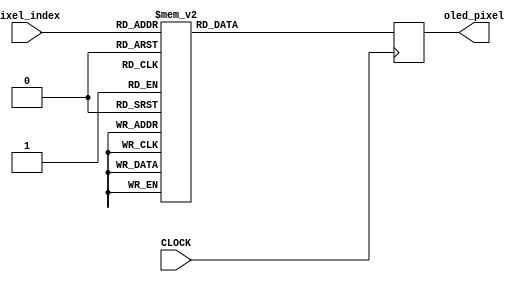
`timescale 1ns / 1ps

//////////////////////////////////////////////////////////////////////////////////
//
//  FILL IN THE FOLLOWING INFORMATION:
//  STUDENT A NAME: 
//  STUDENT B NAME:
//  STUDENT C NAME: 
//  STUDENT D NAME:  
//
//////////////////////////////////////////////////////////////////////////////////


module morsecode(input CLOCK,input [10:0] pixel_index, output reg [15:0] oled_pixel = 0);

always@(posedge CLOCK) begin
case(pixel_index)
108:oled_pixel <= 16'b1111111111111111;
115:oled_pixel <= 16'b1111111111111111;
119:oled_pixel <= 16'b1111111111111111;
120:oled_pixel <= 16'b1111111111111111;
121:oled_pixel <= 16'b1111111111111111;
122:oled_pixel <= 16'b1111111111111111;
123:oled_pixel <= 16'b1111111111111111;
124:oled_pixel <= 16'b1111111111111111;
128:oled_pixel <= 16'b1111111111111111;
129:oled_pixel <= 16'b1111111111111111;
130:oled_pixel <= 16'b1111111111111111;
131:oled_pixel <= 16'b1111111111111111;
135:oled_pixel <= 16'b1111111111111111;
136:oled_pixel <= 16'b1111111111111111;
137:oled_pixel <= 16'b1111111111111111;
138:oled_pixel <= 16'b1111111111111111;
142:oled_pixel <= 16'b1111111111111111;
143:oled_pixel <= 16'b1111111111111111;
144:oled_pixel <= 16'b1111111111111111;
145:oled_pixel <= 16'b1111111111111111;
149:oled_pixel <= 16'b1111111111111111;
150:oled_pixel <= 16'b1111111111111111;
151:oled_pixel <= 16'b1111111111111111;
152:oled_pixel <= 16'b1111111111111111;
156:oled_pixel <= 16'b1111111111111111;
157:oled_pixel <= 16'b1111111111111111;
158:oled_pixel <= 16'b1111111111111111;
159:oled_pixel <= 16'b1111111111111111;
160:oled_pixel <= 16'b1111111111111111;
161:oled_pixel <= 16'b1111111111111111;
165:oled_pixel <= 16'b1111111111111111;
166:oled_pixel <= 16'b1111111111111111;
167:oled_pixel <= 16'b1111111111111111;
168:oled_pixel <= 16'b1111111111111111;
169:oled_pixel <= 16'b1111111111111111;
174:oled_pixel <= 16'b1111111111111111;
175:oled_pixel <= 16'b1111111111111111;
176:oled_pixel <= 16'b1111111111111111;
177:oled_pixel <= 16'b1111111111111111;
203:oled_pixel <= 16'b1111111111111111;
204:oled_pixel <= 16'b1111111111111111;
205:oled_pixel <= 16'b1111111111111111;
210:oled_pixel <= 16'b1111111111111111;
211:oled_pixel <= 16'b1111111111111111;
212:oled_pixel <= 16'b1111111111111111;
214:oled_pixel <= 16'b1111111111111111;
215:oled_pixel <= 16'b1111111111111111;
216:oled_pixel <= 16'b1111111111111111;
217:oled_pixel <= 16'b1111111111111111;
218:oled_pixel <= 16'b1111111111111111;
219:oled_pixel <= 16'b1111111111111111;
220:oled_pixel <= 16'b1111111111111111;
221:oled_pixel <= 16'b1111111111111111;
223:oled_pixel <= 16'b1111111111111111;
224:oled_pixel <= 16'b1111111111111111;
225:oled_pixel <= 16'b1111111111111111;
226:oled_pixel <= 16'b1111111111111111;
227:oled_pixel <= 16'b1111111111111111;
228:oled_pixel <= 16'b1111111111111111;
230:oled_pixel <= 16'b1111111111111111;
231:oled_pixel <= 16'b1111111111111111;
232:oled_pixel <= 16'b1111111111111111;
233:oled_pixel <= 16'b1111111111111111;
234:oled_pixel <= 16'b1111111111111111;
235:oled_pixel <= 16'b1111111111111111;
237:oled_pixel <= 16'b1111111111111111;
238:oled_pixel <= 16'b1111111111111111;
239:oled_pixel <= 16'b1111111111111111;
240:oled_pixel <= 16'b1111111111111111;
241:oled_pixel <= 16'b1111111111111111;
242:oled_pixel <= 16'b1111111111111111;
244:oled_pixel <= 16'b1111111111111111;
245:oled_pixel <= 16'b1111111111111111;
246:oled_pixel <= 16'b1111111111111111;
247:oled_pixel <= 16'b1111111111111111;
248:oled_pixel <= 16'b1111111111111111;
249:oled_pixel <= 16'b1111111111111111;
251:oled_pixel <= 16'b1111111111111111;
252:oled_pixel <= 16'b1111111111111111;
253:oled_pixel <= 16'b1111111111111111;
254:oled_pixel <= 16'b1111111111111111;
255:oled_pixel <= 16'b1111111111111111;
256:oled_pixel <= 16'b1111111111111111;
257:oled_pixel <= 16'b1111111111111111;
258:oled_pixel <= 16'b1111111111111111;
260:oled_pixel <= 16'b1111111111111111;
261:oled_pixel <= 16'b1111111111111111;
262:oled_pixel <= 16'b1111111111111111;
263:oled_pixel <= 16'b1111111111111111;
264:oled_pixel <= 16'b1111111111111111;
265:oled_pixel <= 16'b1111111111111111;
266:oled_pixel <= 16'b1111111111111111;
269:oled_pixel <= 16'b1111111111111111;
270:oled_pixel <= 16'b1111111111111111;
271:oled_pixel <= 16'b1111111111111111;
272:oled_pixel <= 16'b1111111111111111;
273:oled_pixel <= 16'b1111111111111111;
274:oled_pixel <= 16'b1111111111111111;
299:oled_pixel <= 16'b1111111111111111;
300:oled_pixel <= 16'b1111111111111111;
301:oled_pixel <= 16'b1111111111111111;
302:oled_pixel <= 16'b1111111111111111;
305:oled_pixel <= 16'b1111111111111111;
306:oled_pixel <= 16'b1111111111111111;
307:oled_pixel <= 16'b1111111111111111;
308:oled_pixel <= 16'b1111111111111111;
310:oled_pixel <= 16'b1111111111111111;
311:oled_pixel <= 16'b1111111111111111;
312:oled_pixel <= 16'b1111111111111111;
315:oled_pixel <= 16'b1111111111111111;
316:oled_pixel <= 16'b1111111111111111;
317:oled_pixel <= 16'b1111111111111111;
319:oled_pixel <= 16'b1111111111111111;
320:oled_pixel <= 16'b1111111111111111;
323:oled_pixel <= 16'b1111111111111111;
324:oled_pixel <= 16'b1111111111111111;
326:oled_pixel <= 16'b1111111111111111;
327:oled_pixel <= 16'b1111111111111111;
328:oled_pixel <= 16'b1111111111111111;
333:oled_pixel <= 16'b1111111111111111;
334:oled_pixel <= 16'b1111111111111111;
335:oled_pixel <= 16'b1111111111111111;
340:oled_pixel <= 16'b1111111111111111;
341:oled_pixel <= 16'b1111111111111111;
342:oled_pixel <= 16'b1111111111111111;
347:oled_pixel <= 16'b1111111111111111;
348:oled_pixel <= 16'b1111111111111111;
349:oled_pixel <= 16'b1111111111111111;
352:oled_pixel <= 16'b1111111111111111;
353:oled_pixel <= 16'b1111111111111111;
354:oled_pixel <= 16'b1111111111111111;
356:oled_pixel <= 16'b1111111111111111;
357:oled_pixel <= 16'b1111111111111111;
361:oled_pixel <= 16'b1111111111111111;
362:oled_pixel <= 16'b1111111111111111;
363:oled_pixel <= 16'b1111111111111111;
365:oled_pixel <= 16'b1111111111111111;
366:oled_pixel <= 16'b1111111111111111;
367:oled_pixel <= 16'b1111111111111111;
395:oled_pixel <= 16'b1111111111111111;
396:oled_pixel <= 16'b1111111111111111;
397:oled_pixel <= 16'b1111111111111111;
398:oled_pixel <= 16'b1111111111111111;
399:oled_pixel <= 16'b1111111111111111;
400:oled_pixel <= 16'b1111111111111111;
401:oled_pixel <= 16'b1111111111111111;
402:oled_pixel <= 16'b1111111111111111;
403:oled_pixel <= 16'b1111111111111111;
404:oled_pixel <= 16'b1111111111111111;
406:oled_pixel <= 16'b1111111111111111;
407:oled_pixel <= 16'b1111111111111111;
412:oled_pixel <= 16'b1111111111111111;
413:oled_pixel <= 16'b1111111111111111;
415:oled_pixel <= 16'b1111111111111111;
416:oled_pixel <= 16'b1111111111111111;
419:oled_pixel <= 16'b1111111111111111;
420:oled_pixel <= 16'b1111111111111111;
422:oled_pixel <= 16'b1111111111111111;
423:oled_pixel <= 16'b1111111111111111;
429:oled_pixel <= 16'b1111111111111111;
430:oled_pixel <= 16'b1111111111111111;
436:oled_pixel <= 16'b1111111111111111;
437:oled_pixel <= 16'b1111111111111111;
443:oled_pixel <= 16'b1111111111111111;
444:oled_pixel <= 16'b1111111111111111;
449:oled_pixel <= 16'b1111111111111111;
450:oled_pixel <= 16'b1111111111111111;
452:oled_pixel <= 16'b1111111111111111;
453:oled_pixel <= 16'b1111111111111111;
458:oled_pixel <= 16'b1111111111111111;
459:oled_pixel <= 16'b1111111111111111;
461:oled_pixel <= 16'b1111111111111111;
462:oled_pixel <= 16'b1111111111111111;
491:oled_pixel <= 16'b1111111111111111;
492:oled_pixel <= 16'b1111111111111111;
494:oled_pixel <= 16'b1111111111111111;
495:oled_pixel <= 16'b1111111111111111;
496:oled_pixel <= 16'b1111111111111111;
497:oled_pixel <= 16'b1111111111111111;
499:oled_pixel <= 16'b1111111111111111;
500:oled_pixel <= 16'b1111111111111111;
502:oled_pixel <= 16'b1111111111111111;
503:oled_pixel <= 16'b1111111111111111;
508:oled_pixel <= 16'b1111111111111111;
509:oled_pixel <= 16'b1111111111111111;
511:oled_pixel <= 16'b1111111111111111;
512:oled_pixel <= 16'b1111111111111111;
514:oled_pixel <= 16'b1111111111111111;
515:oled_pixel <= 16'b1111111111111111;
516:oled_pixel <= 16'b1111111111111111;
518:oled_pixel <= 16'b1111111111111111;
519:oled_pixel <= 16'b1111111111111111;
520:oled_pixel <= 16'b1111111111111111;
521:oled_pixel <= 16'b1111111111111111;
522:oled_pixel <= 16'b1111111111111111;
525:oled_pixel <= 16'b1111111111111111;
526:oled_pixel <= 16'b1111111111111111;
527:oled_pixel <= 16'b1111111111111111;
528:oled_pixel <= 16'b1111111111111111;
532:oled_pixel <= 16'b1111111111111111;
533:oled_pixel <= 16'b1111111111111111;
539:oled_pixel <= 16'b1111111111111111;
540:oled_pixel <= 16'b1111111111111111;
545:oled_pixel <= 16'b1111111111111111;
546:oled_pixel <= 16'b1111111111111111;
548:oled_pixel <= 16'b1111111111111111;
549:oled_pixel <= 16'b1111111111111111;
554:oled_pixel <= 16'b1111111111111111;
555:oled_pixel <= 16'b1111111111111111;
557:oled_pixel <= 16'b1111111111111111;
558:oled_pixel <= 16'b1111111111111111;
559:oled_pixel <= 16'b1111111111111111;
560:oled_pixel <= 16'b1111111111111111;
587:oled_pixel <= 16'b1111111111111111;
588:oled_pixel <= 16'b1111111111111111;
591:oled_pixel <= 16'b1111111111111111;
592:oled_pixel <= 16'b1111111111111111;
595:oled_pixel <= 16'b1111111111111111;
596:oled_pixel <= 16'b1111111111111111;
598:oled_pixel <= 16'b1111111111111111;
599:oled_pixel <= 16'b1111111111111111;
604:oled_pixel <= 16'b1111111111111111;
605:oled_pixel <= 16'b1111111111111111;
607:oled_pixel <= 16'b1111111111111111;
608:oled_pixel <= 16'b1111111111111111;
609:oled_pixel <= 16'b1111111111111111;
610:oled_pixel <= 16'b1111111111111111;
611:oled_pixel <= 16'b1111111111111111;
615:oled_pixel <= 16'b1111111111111111;
616:oled_pixel <= 16'b1111111111111111;
617:oled_pixel <= 16'b1111111111111111;
618:oled_pixel <= 16'b1111111111111111;
619:oled_pixel <= 16'b1111111111111111;
621:oled_pixel <= 16'b1111111111111111;
622:oled_pixel <= 16'b1111111111111111;
623:oled_pixel <= 16'b1111111111111111;
624:oled_pixel <= 16'b1111111111111111;
628:oled_pixel <= 16'b1111111111111111;
629:oled_pixel <= 16'b1111111111111111;
635:oled_pixel <= 16'b1111111111111111;
636:oled_pixel <= 16'b1111111111111111;
641:oled_pixel <= 16'b1111111111111111;
642:oled_pixel <= 16'b1111111111111111;
644:oled_pixel <= 16'b1111111111111111;
645:oled_pixel <= 16'b1111111111111111;
650:oled_pixel <= 16'b1111111111111111;
651:oled_pixel <= 16'b1111111111111111;
653:oled_pixel <= 16'b1111111111111111;
654:oled_pixel <= 16'b1111111111111111;
655:oled_pixel <= 16'b1111111111111111;
656:oled_pixel <= 16'b1111111111111111;
683:oled_pixel <= 16'b1111111111111111;
684:oled_pixel <= 16'b1111111111111111;
691:oled_pixel <= 16'b1111111111111111;
692:oled_pixel <= 16'b1111111111111111;
694:oled_pixel <= 16'b1111111111111111;
695:oled_pixel <= 16'b1111111111111111;
700:oled_pixel <= 16'b1111111111111111;
701:oled_pixel <= 16'b1111111111111111;
703:oled_pixel <= 16'b1111111111111111;
704:oled_pixel <= 16'b1111111111111111;
705:oled_pixel <= 16'b1111111111111111;
706:oled_pixel <= 16'b1111111111111111;
714:oled_pixel <= 16'b1111111111111111;
715:oled_pixel <= 16'b1111111111111111;
717:oled_pixel <= 16'b1111111111111111;
718:oled_pixel <= 16'b1111111111111111;
724:oled_pixel <= 16'b1111111111111111;
725:oled_pixel <= 16'b1111111111111111;
731:oled_pixel <= 16'b1111111111111111;
732:oled_pixel <= 16'b1111111111111111;
737:oled_pixel <= 16'b1111111111111111;
738:oled_pixel <= 16'b1111111111111111;
740:oled_pixel <= 16'b1111111111111111;
741:oled_pixel <= 16'b1111111111111111;
746:oled_pixel <= 16'b1111111111111111;
747:oled_pixel <= 16'b1111111111111111;
749:oled_pixel <= 16'b1111111111111111;
750:oled_pixel <= 16'b1111111111111111;
779:oled_pixel <= 16'b1111111111111111;
780:oled_pixel <= 16'b1111111111111111;
787:oled_pixel <= 16'b1111111111111111;
788:oled_pixel <= 16'b1111111111111111;
790:oled_pixel <= 16'b1111111111111111;
791:oled_pixel <= 16'b1111111111111111;
792:oled_pixel <= 16'b1111111111111111;
795:oled_pixel <= 16'b1111111111111111;
796:oled_pixel <= 16'b1111111111111111;
797:oled_pixel <= 16'b1111111111111111;
799:oled_pixel <= 16'b1111111111111111;
800:oled_pixel <= 16'b1111111111111111;
801:oled_pixel <= 16'b1111111111111111;
802:oled_pixel <= 16'b1111111111111111;
803:oled_pixel <= 16'b1111111111111111;
809:oled_pixel <= 16'b1111111111111111;
810:oled_pixel <= 16'b1111111111111111;
811:oled_pixel <= 16'b1111111111111111;
813:oled_pixel <= 16'b1111111111111111;
814:oled_pixel <= 16'b1111111111111111;
815:oled_pixel <= 16'b1111111111111111;
820:oled_pixel <= 16'b1111111111111111;
821:oled_pixel <= 16'b1111111111111111;
822:oled_pixel <= 16'b1111111111111111;
827:oled_pixel <= 16'b1111111111111111;
828:oled_pixel <= 16'b1111111111111111;
829:oled_pixel <= 16'b1111111111111111;
832:oled_pixel <= 16'b1111111111111111;
833:oled_pixel <= 16'b1111111111111111;
834:oled_pixel <= 16'b1111111111111111;
836:oled_pixel <= 16'b1111111111111111;
837:oled_pixel <= 16'b1111111111111111;
841:oled_pixel <= 16'b1111111111111111;
842:oled_pixel <= 16'b1111111111111111;
843:oled_pixel <= 16'b1111111111111111;
845:oled_pixel <= 16'b1111111111111111;
846:oled_pixel <= 16'b1111111111111111;
847:oled_pixel <= 16'b1111111111111111;
875:oled_pixel <= 16'b1111111111111111;
876:oled_pixel <= 16'b1111111111111111;
883:oled_pixel <= 16'b1111111111111111;
884:oled_pixel <= 16'b1111111111111111;
886:oled_pixel <= 16'b1111111111111111;
887:oled_pixel <= 16'b1111111111111111;
888:oled_pixel <= 16'b1111111111111111;
889:oled_pixel <= 16'b1111111111111111;
890:oled_pixel <= 16'b1111111111111111;
891:oled_pixel <= 16'b1111111111111111;
892:oled_pixel <= 16'b1111111111111111;
893:oled_pixel <= 16'b1111111111111111;
895:oled_pixel <= 16'b1111111111111111;
896:oled_pixel <= 16'b1111111111111111;
898:oled_pixel <= 16'b1111111111111111;
899:oled_pixel <= 16'b1111111111111111;
900:oled_pixel <= 16'b1111111111111111;
902:oled_pixel <= 16'b1111111111111111;
903:oled_pixel <= 16'b1111111111111111;
904:oled_pixel <= 16'b1111111111111111;
905:oled_pixel <= 16'b1111111111111111;
906:oled_pixel <= 16'b1111111111111111;
907:oled_pixel <= 16'b1111111111111111;
909:oled_pixel <= 16'b1111111111111111;
910:oled_pixel <= 16'b1111111111111111;
911:oled_pixel <= 16'b1111111111111111;
912:oled_pixel <= 16'b1111111111111111;
913:oled_pixel <= 16'b1111111111111111;
914:oled_pixel <= 16'b1111111111111111;
916:oled_pixel <= 16'b1111111111111111;
917:oled_pixel <= 16'b1111111111111111;
918:oled_pixel <= 16'b1111111111111111;
919:oled_pixel <= 16'b1111111111111111;
920:oled_pixel <= 16'b1111111111111111;
921:oled_pixel <= 16'b1111111111111111;
923:oled_pixel <= 16'b1111111111111111;
924:oled_pixel <= 16'b1111111111111111;
925:oled_pixel <= 16'b1111111111111111;
926:oled_pixel <= 16'b1111111111111111;
927:oled_pixel <= 16'b1111111111111111;
928:oled_pixel <= 16'b1111111111111111;
929:oled_pixel <= 16'b1111111111111111;
930:oled_pixel <= 16'b1111111111111111;
932:oled_pixel <= 16'b1111111111111111;
933:oled_pixel <= 16'b1111111111111111;
934:oled_pixel <= 16'b1111111111111111;
935:oled_pixel <= 16'b1111111111111111;
936:oled_pixel <= 16'b1111111111111111;
937:oled_pixel <= 16'b1111111111111111;
938:oled_pixel <= 16'b1111111111111111;
941:oled_pixel <= 16'b1111111111111111;
942:oled_pixel <= 16'b1111111111111111;
943:oled_pixel <= 16'b1111111111111111;
944:oled_pixel <= 16'b1111111111111111;
945:oled_pixel <= 16'b1111111111111111;
946:oled_pixel <= 16'b1111111111111111;
972:oled_pixel <= 16'b1111111111111111;
979:oled_pixel <= 16'b1111111111111111;
983:oled_pixel <= 16'b1111111111111111;
984:oled_pixel <= 16'b1111111111111111;
985:oled_pixel <= 16'b1111111111111111;
986:oled_pixel <= 16'b1111111111111111;
987:oled_pixel <= 16'b1111111111111111;
988:oled_pixel <= 16'b1111111111111111;
992:oled_pixel <= 16'b1111111111111111;
995:oled_pixel <= 16'b1111111111111111;
996:oled_pixel <= 16'b1111111111111111;
999:oled_pixel <= 16'b1111111111111111;
1000:oled_pixel <= 16'b1111111111111111;
1001:oled_pixel <= 16'b1111111111111111;
1002:oled_pixel <= 16'b1111111111111111;
1006:oled_pixel <= 16'b1111111111111111;
1007:oled_pixel <= 16'b1111111111111111;
1008:oled_pixel <= 16'b1111111111111111;
1009:oled_pixel <= 16'b1111111111111111;
1013:oled_pixel <= 16'b1111111111111111;
1014:oled_pixel <= 16'b1111111111111111;
1015:oled_pixel <= 16'b1111111111111111;
1016:oled_pixel <= 16'b1111111111111111;
1020:oled_pixel <= 16'b1111111111111111;
1021:oled_pixel <= 16'b1111111111111111;
1022:oled_pixel <= 16'b1111111111111111;
1023:oled_pixel <= 16'b1111111111111111;
1024:oled_pixel <= 16'b1111111111111111;
1025:oled_pixel <= 16'b1111111111111111;
1029:oled_pixel <= 16'b1111111111111111;
1030:oled_pixel <= 16'b1111111111111111;
1031:oled_pixel <= 16'b1111111111111111;
1032:oled_pixel <= 16'b1111111111111111;
1033:oled_pixel <= 16'b1111111111111111;
1038:oled_pixel <= 16'b1111111111111111;
1039:oled_pixel <= 16'b1111111111111111;
1040:oled_pixel <= 16'b1111111111111111;
1041:oled_pixel <= 16'b1111111111111111;
default:oled_pixel<=0;
endcase

end
endmodule